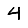
Digit: 4